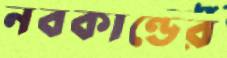
নবকাণ্ডের